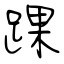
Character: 踝